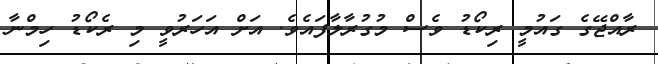
ރާއްޖޭގެ ގައުމީ ރިކޯޑު ވެސް މުގުރާލާފައެވެ. އަށް އަހަރުވީ މި ރެކޯޑު ހިމްނާ